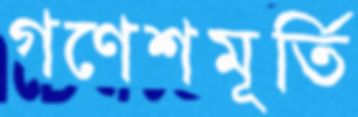
গণেশমূর্তি